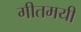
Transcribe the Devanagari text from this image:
गीतमयी